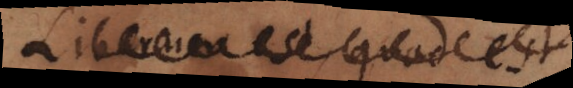
Liberum est quod est